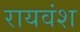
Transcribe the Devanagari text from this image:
रायवंश